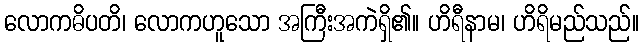
လောကဓိပတိ၊ လောကဟူသော အကြီးအကဲရှိ၏။ ဟိရီနာမ၊ ဟိရိမည်သည်။